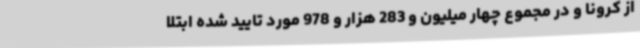
از کرونا و در مجموع چهار میلیون و 283 هزار و 978 مورد تایید شده ابتلا